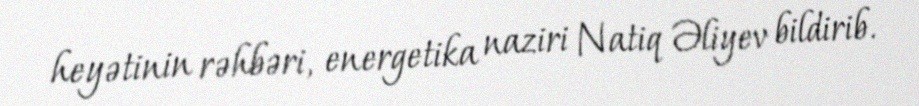
heyətinin rəhbəri, energetika naziri Natiq Əliyev bildirib.